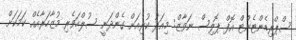
ސްޕްރިޑެންޓެންޓް އޮފް ޕޮލިސް ނަވާޒް: މިއަދު ކުރިއަށް ގެންދަނީ ސުލްހަވެރި މުޒާހަރާއެއް ކަމަކަށް